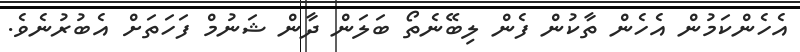
އެހެންކަމުން އެހެން ތާކުން ފެން ލިބޭނެތޯ ބަލަން ދާން ޝަނުމް ފަހަތަށް އެބުރުނެވެ.